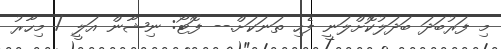
މި ފަރުބަދަ ބަދަލުކޮށްލަނީ ފެހި ތަނަކަށް.-- ފޮޓޯ: ނިޝާން އަލީ / މިހާރު